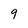
Character: 9